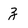
Character: z